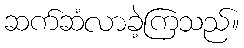
ဆက်ဆံလာခဲ့ကြသည်။